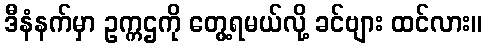
ဒီနံနက်မှာ ဥက္ကဌကို တွေ့ရမယ်လို့ ခင်ဗျား ထင်လား။